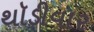
થૉડીવાર